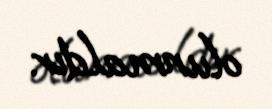
olunmaldır.